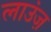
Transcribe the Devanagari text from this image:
लाउंज़